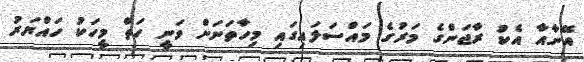
އޭނާއާ އެކު ރާޖަންގެ މަރުގެ މައްސަލައިގައި މިހާތަނަށް ވަނީ ހަތް މީހަކު ހައްޔަރު